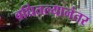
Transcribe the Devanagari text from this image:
बघितल्यानंतर